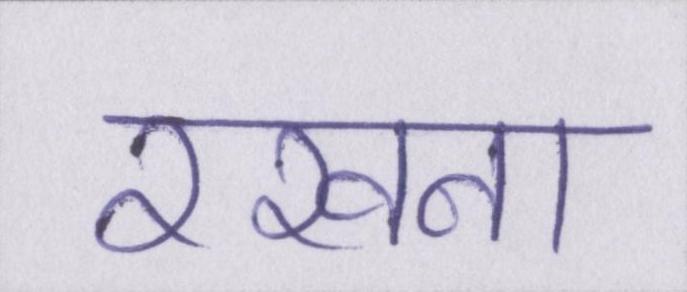
रखना